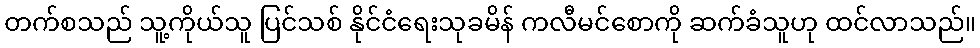
တက်စသည် သူ့ကိုယ်သူ ပြင်သစ် နိုင်ငံရေးသုခမိန် ကလီမင်စောကို ဆက်ခံသူဟု ထင်လာသည်။